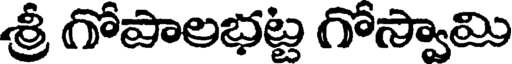
శ్రీ గోపాలభట్ట గోస్వామి